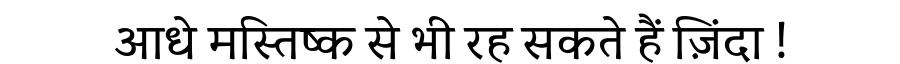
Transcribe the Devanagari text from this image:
आधे मस्तिष्क से भी रह सकते हैं ज़िंदा !